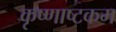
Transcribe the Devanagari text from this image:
कृष्णाष्टकम